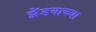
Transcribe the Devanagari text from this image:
झेंडयाच्या